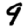
Digit: 9